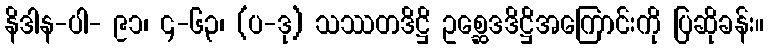
နိဒါန-ပါ- ၉၁၊ ၄-၆၃၊ (ပ-ဒု) သဿတဒိဋ္ဌိ ဥစ္ဆေဒဒိဋ္ဌိအကြောင်းကို ပြဆိုခန်း။